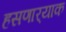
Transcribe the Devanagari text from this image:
हसणार्‍याक